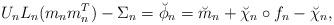
LaTeX: \begin{align*} U_nL_n(m_nm_n^T)- \Sigma_n=\breve{\phi}_n = \breve{m}_n+\breve{\chi}_n\circ f_n-\breve{\chi}_n,\end{align*}